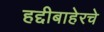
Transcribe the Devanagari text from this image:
हद्दीबाहेरचे